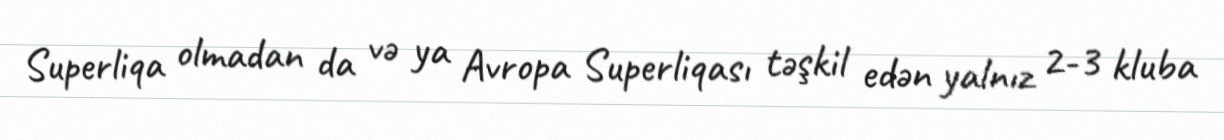
Superliqa olmadan da və ya Avropa Superliqası təşkil edən yalnız 2-3 kluba